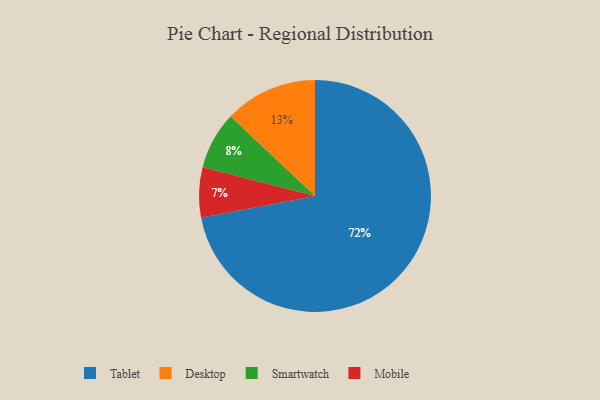
{"axis": {"x": "Category", "y": "Percentage"}, "legend": ["Desktop", "Mobile", "Smartwatch", "Tablet"], "data": [{"x": "Smartwatch", "y": 8, "type": "Smartwatch"}, {"x": "Mobile", "y": 7, "type": "Mobile"}, {"x": "Tablet", "y": 72, "type": "Tablet"}, {"x": "Desktop", "y": 13, "type": "Desktop"}]}